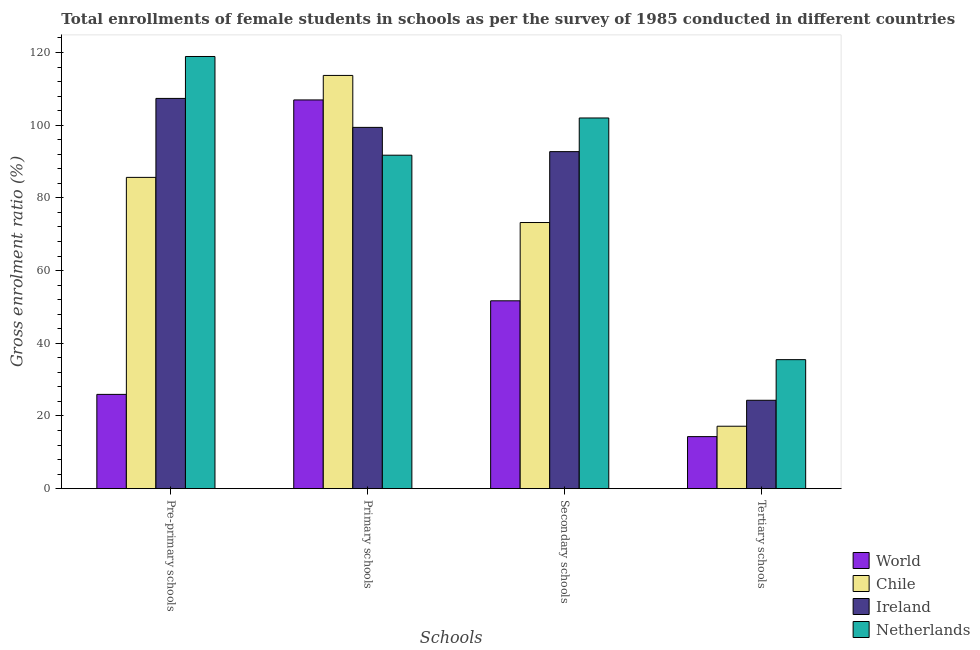
| Schools | World | Chile | Ireland | Netherlands |
 | --- | --- | --- | --- | --- |
 | Pre-primary schools | 25.9 | 85.6 | 107 | 119 |
 | Primary schools | 107 | 114 | 99.4 | 91.7 |
 | Secondary schools | 51.7 | 73.2 | 92.7 | 102 |
 | Tertiary schools | 14.3 | 17.2 | 24.3 | 35.5 |